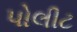
પોલીટ